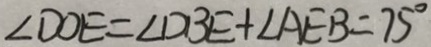
\angle D O E = \angle D B E + \angle A E B = 7 5 ^ { \circ }